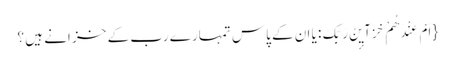
{ اَمْ عِنْدَهُمْ خَزَآیٕنُ رَبِّکَ: یا ان کے پاس تمہارے رب کے خز انے ہیں ؟